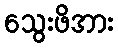
သွေးဖိအား